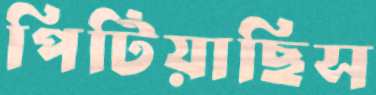
পিটিয়াছিস